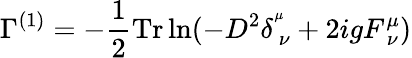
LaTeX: \Gamma^{(1)}=-\frac{1}{2}\mathrm{Tr}\ln(-D^{2}\delta_{~\nu}^{^\mu}+2igF_{~\nu}^{\mu})